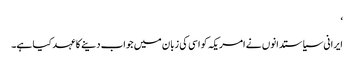
‘
ایرانی سیاستدانوں نے امریکہ کو اسی کی زبان میں جواب دینے کا عہد کیا ہے۔